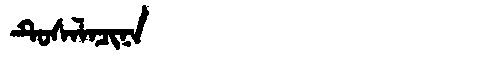
Manchu: ᡨᡠᠰᠠᠯᠠᠴᡳᠨᠠ
Romanization: TUSALACINA